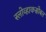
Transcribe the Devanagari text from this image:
स्लोव्हाकसोबत